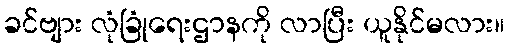
ခင်ဗျား လုံခြုံရေးဌာနကို လာပြီး ယူနိုင်မလား။